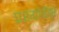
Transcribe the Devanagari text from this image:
एश्योरैंस